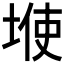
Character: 𱗆